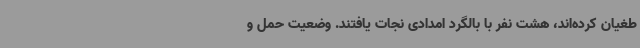
طغیان کرده‌اند، هشت نفر با بالگرد امدادی نجات یافتند. وضعیت حمل و